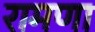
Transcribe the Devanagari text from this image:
रामणा